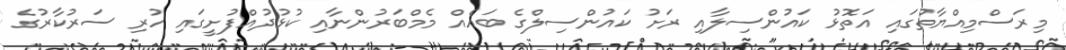
މިރަސްމިއްޔާތުގައި އަތޮޅު ކައުންސިލާއި ރަށު ކައުންސިލްގެ ބައެއް މެމްބަރުންނާއި ކުޅުދުއްފުށީގައި ހުރި ސަރުކާރުގެ